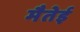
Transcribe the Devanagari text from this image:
मैतेई